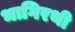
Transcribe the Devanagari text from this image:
भागिरथी